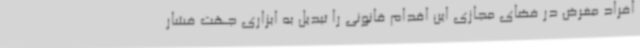
افراد مغرض در فضای مجازی این اقدام قانونی را تبدیل به ابزاری جهت فشار